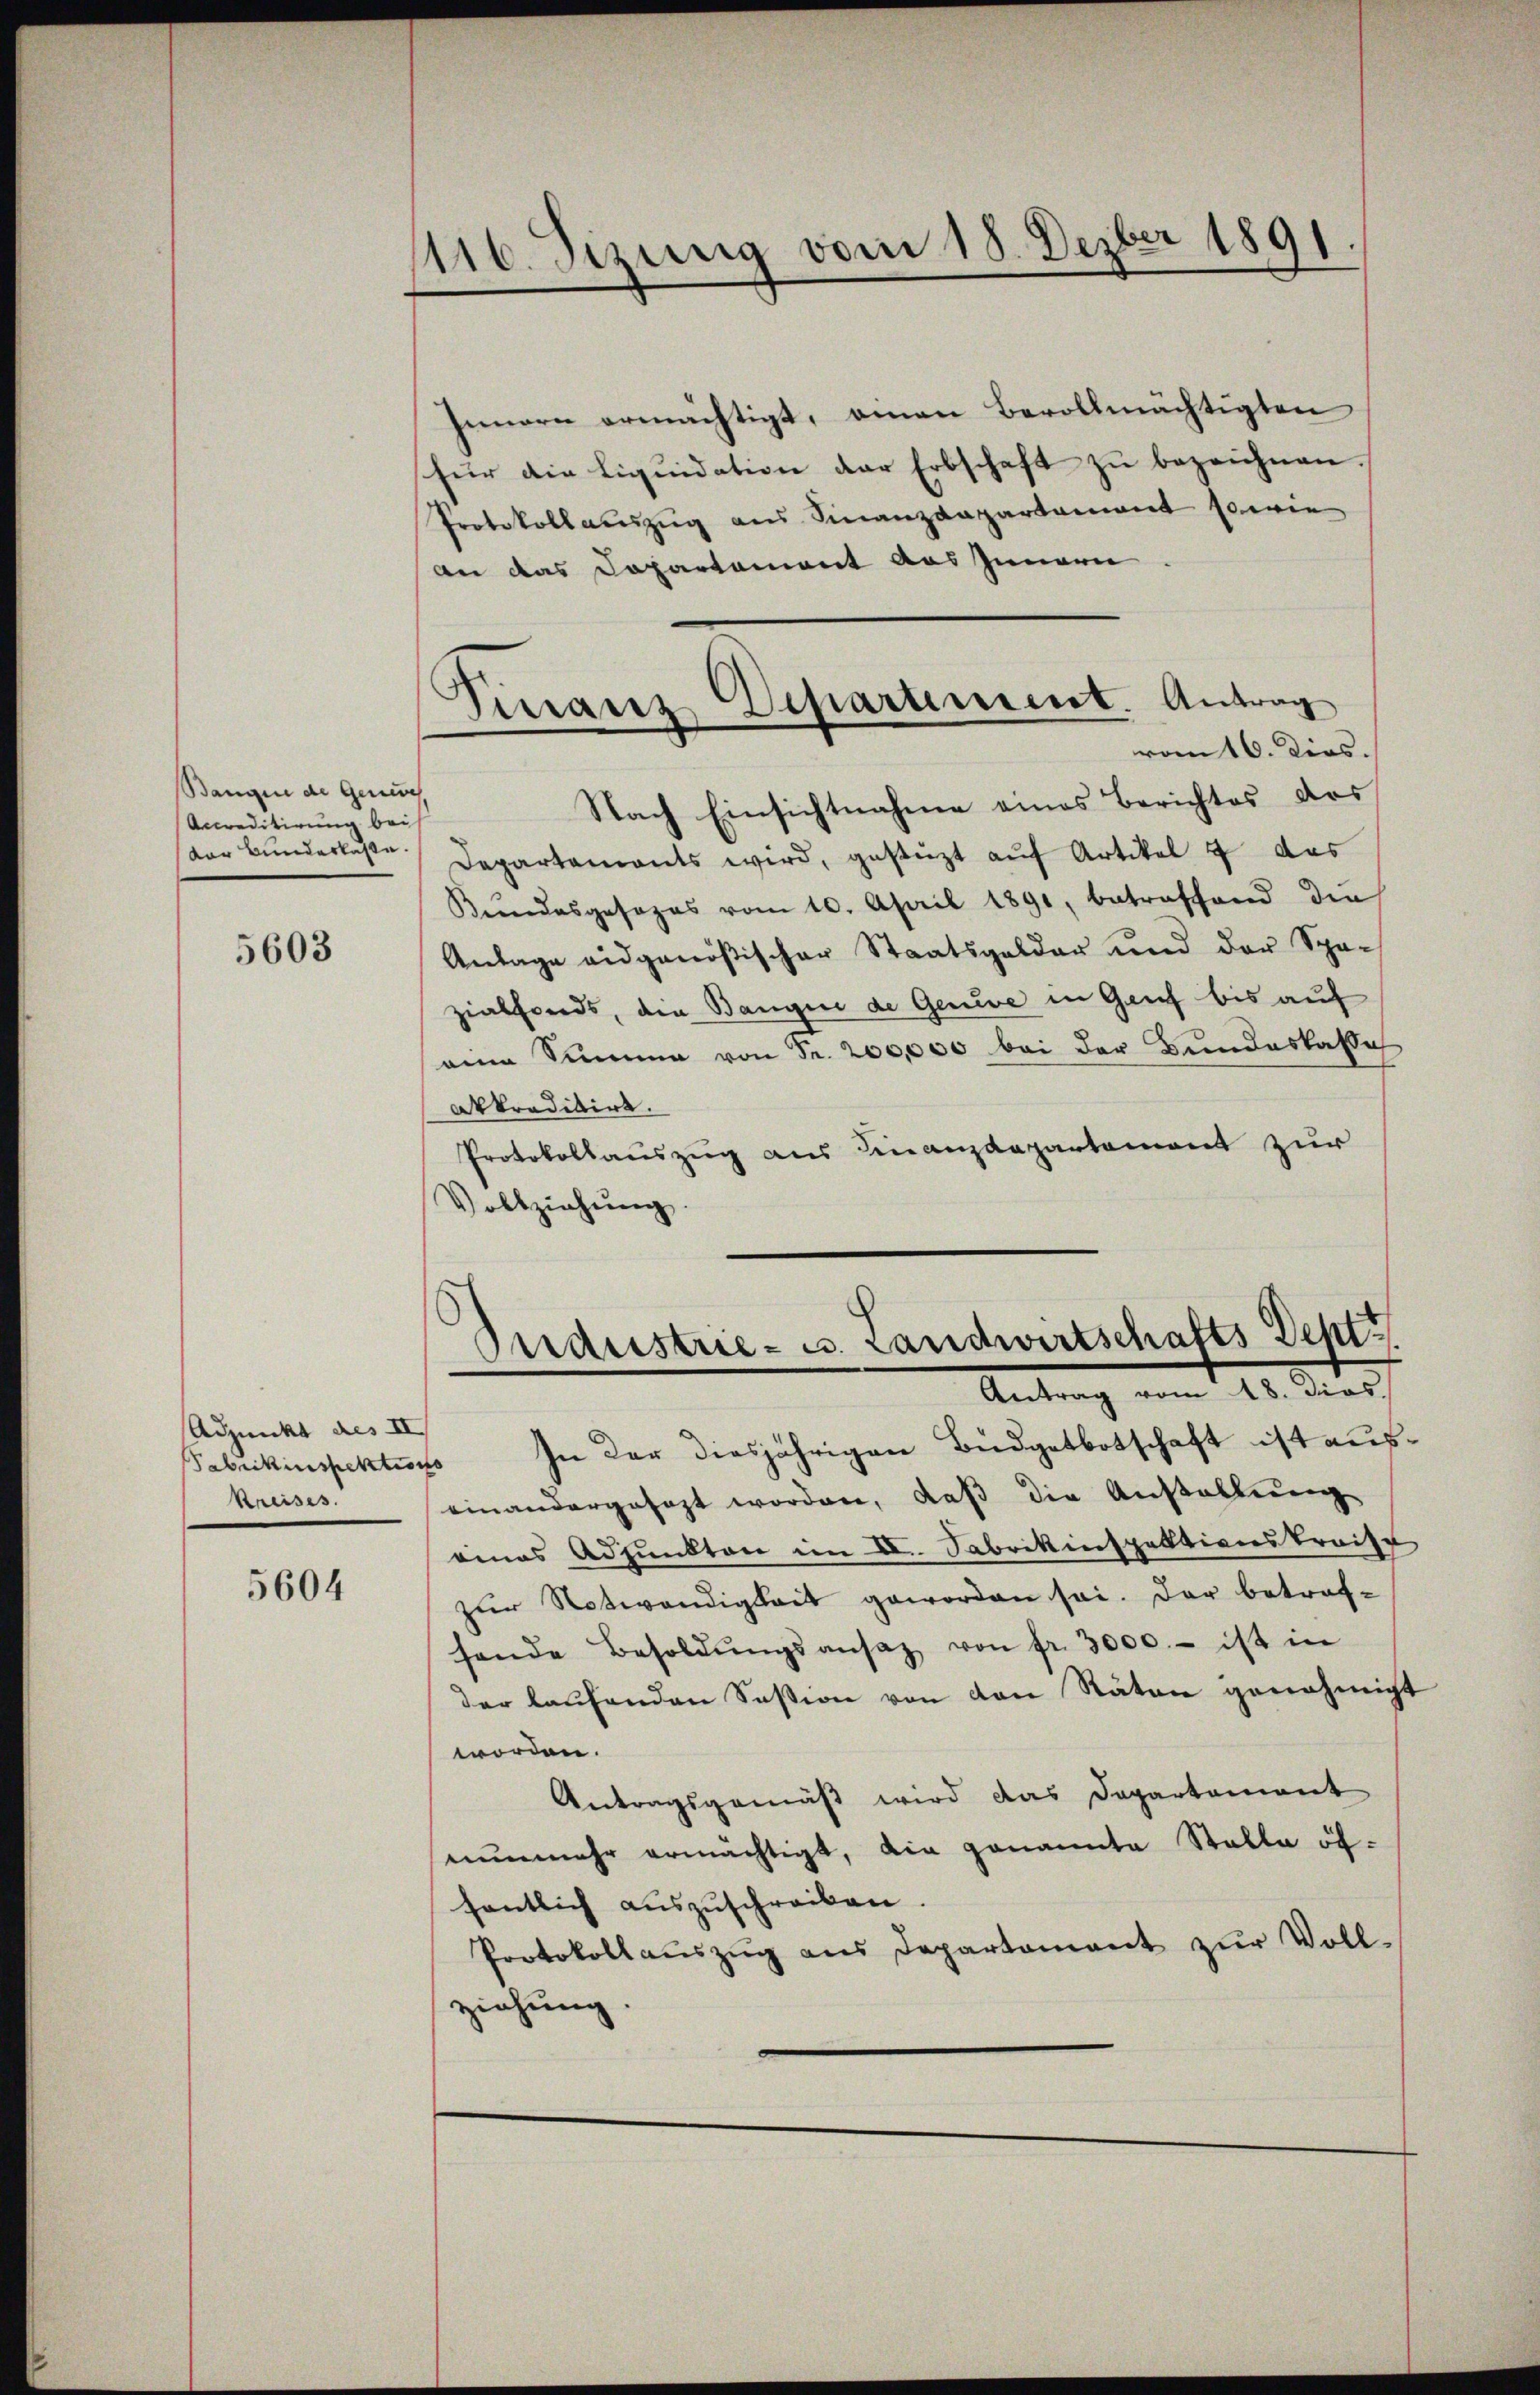
Bangen de Genu
Accreditirung bei
dar Bunderlasse.

5603

Adjunkt des II
Kreises.

5604

116. Sizung vom 18. Dezber 1891
“

Innern ermächtigt, einen Bevollmächtigten
für die Liqŭidation der Erbschaft zŭ bezeichnen
Protokollauszug aus Finanzdepartament sowie
An das Departement aus Innern
Nach Einsichtnahme eines Berichtes des
Departements wird, gestüzt auf Artikel 7 das
Bŭndesgesezes vom 10. April 1891, betreffend die
Anlage eidgenößischer Staatsgelder und der Spa-
zialfonds, die Bangen de Geneve in Genf bis auf
eine Summe von Fr. 200,000 bei der Bundeskassi
arkreditirt.
Protokollauszug aus Finanzdepartement zur
Vollziehŭng.
Guderstrie- u. Landwirtschafts Dept
Antrag vom 18. Dies
Fabrikinspektion. In der diesjährigen Büdgetbotschaft ist aus.
einandergesagt worden, daβ die Anstallung
eines Adjunkten im II. Fabrikinspektionskraise
zŭr Notwendigkeit geworden sei. Der betrafsende Besoldŭngsansaz von fr. 3000.- ist in
der laufenden Session von den Räten genehmigt
worden.
Antragsgemäß wird das Departement
nunmehr ermächtigt, die genannte Stalla öfsentlich auszuschreiben.
Protokollaŭszŭg ans Departamant zŭr Voll-
ziehung.

Finanz Departement. Antrag
vom 16. Dies.